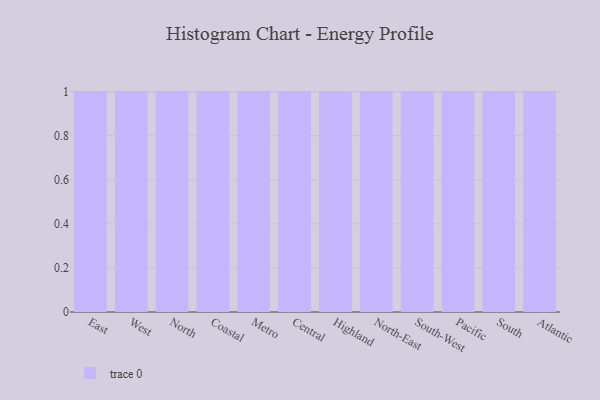
{"axis": {"x": "Region", "y": "Net Income (USD K)"}, "legend": [""], "data": [{"x": "East", "y": 77, "type": ""}, {"x": "West", "y": 78, "type": ""}, {"x": "North", "y": 51, "type": ""}, {"x": "Coastal", "y": 74, "type": ""}, {"x": "Metro", "y": 31, "type": ""}, {"x": "Central", "y": 54, "type": ""}, {"x": "Highland", "y": 41, "type": ""}, {"x": "North-East", "y": 7, "type": ""}, {"x": "South-West", "y": 48, "type": ""}, {"x": "Pacific", "y": 72, "type": ""}, {"x": "South", "y": 40, "type": ""}, {"x": "Atlantic", "y": 17, "type": ""}]}